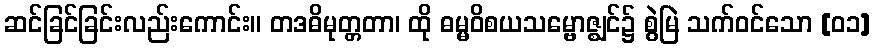
ဆင်ခြင်ခြင်းလည်းကောင်း။ တဒဓိမုတ္တတာ၊ ထို ဓမ္မဝိစယသမ္ဗောဇ္ဈင်၌ စွဲမြဲ သက်ဝင်သော [၀၁]